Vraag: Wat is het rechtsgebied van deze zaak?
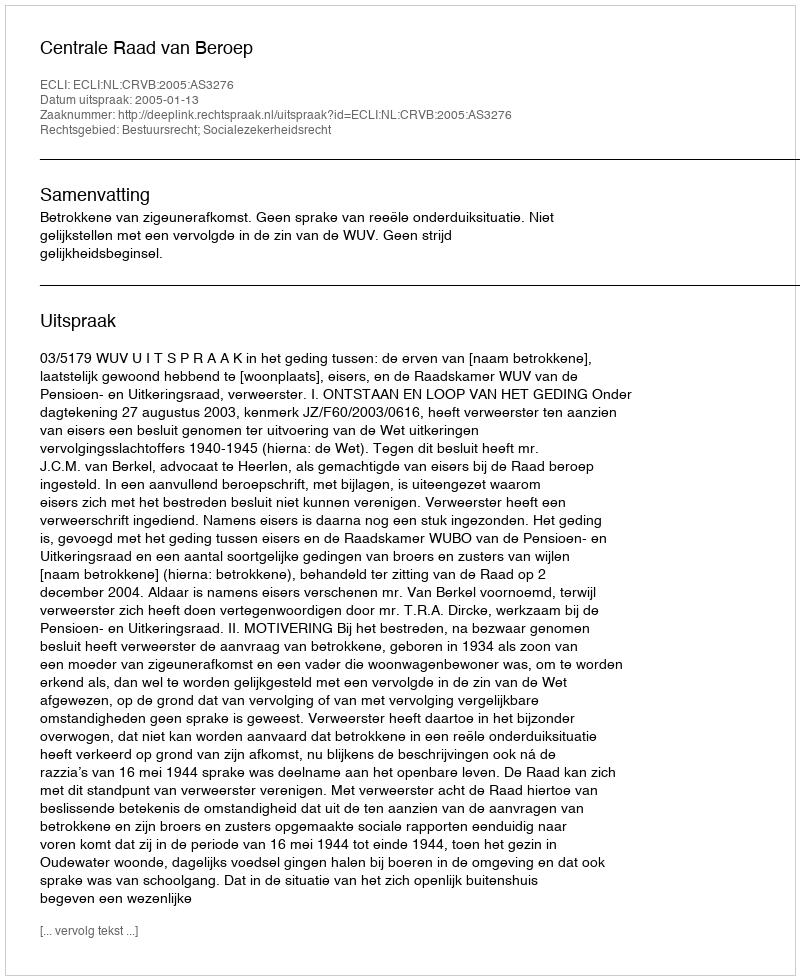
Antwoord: Bestuursrecht; Socialezekerheidsrecht